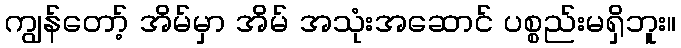
ကျွန်တော့် အိမ်မှာ အိမ် အသုံးအဆောင် ပစ္စည်းမရှိဘူး။